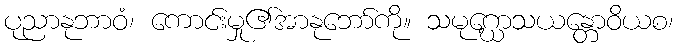
ပုညာနုဘာဝံ၊ ကောင်းမှု၏အာနုဘော်ကို။ သမုဂ္ဃောသယန္တောဝိယစ၊